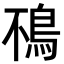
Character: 鴀